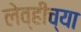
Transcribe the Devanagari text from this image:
लेव्हीच्या